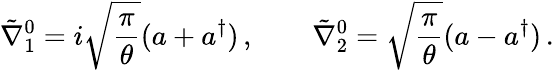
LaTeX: \tilde{\nabla}_{1}^{0}=i\sqrt{\frac{\pi}{\theta}}(a+a^{\dagger})\, ,\qquad\tilde{\nabla}_{2}^{0}=\sqrt{\frac{\pi}{\theta}}(a-a^{\dagger})\, .